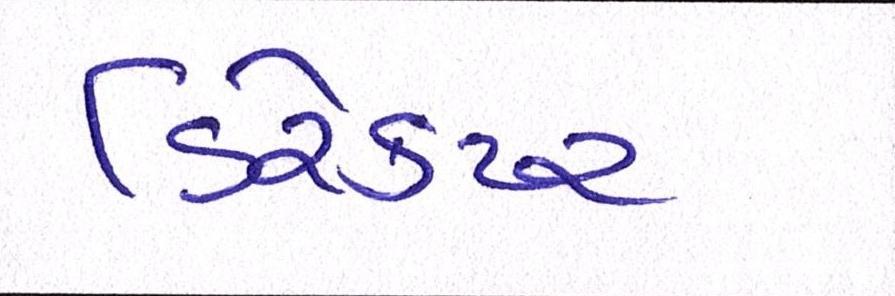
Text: ડિરેક્ટર